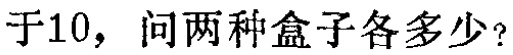
于10，问两种盒子各多少？